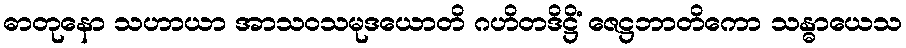
ဓာတုနော သဟာယာ အာသဝသမုဒယောတိ ဂဟိတဒိဋ္ဌိံ ဇေဋ္ဌဘာတိကော သန္ဓာယေသ